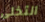
التخلى